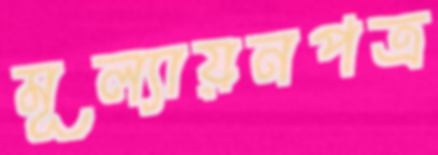
মূল্যায়নপত্র